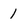
Character: 1